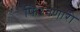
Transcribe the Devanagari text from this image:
फिरवणारी